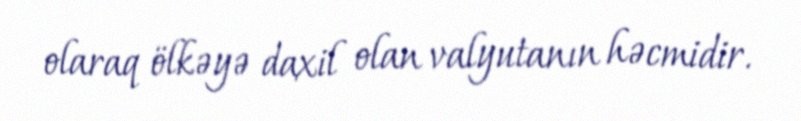
olaraq ölkəyə daxil olan valyutanın həcmidir.